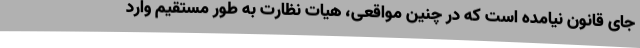
جای قانون نیامده است که در چنین مواقعی، هیات نظارت به طور مستقیم وارد